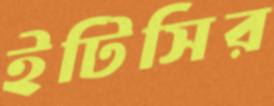
ইটিসির